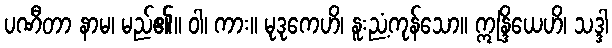
ပဏီတာ နာမ၊ မည်၏။ ဝါ၊ ကား။ မုဒုကေဟိ၊ နူးညံ့ကုန်သော။ ဣန္ဒြိယေဟိ၊ သဒ္ဒါ